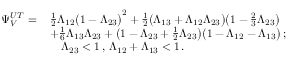
\begin{array} { r l } { \Psi _ { V } ^ { U T } = \, } & { \frac { 1 } { 2 } \Lambda _ { 1 2 } \big ( 1 - \Lambda _ { 2 3 } \big ) ^ { 2 } + \frac { 1 } { 2 } \big ( \Lambda _ { 1 3 } + \Lambda _ { 1 2 } \Lambda _ { 2 3 } \big ) \big ( 1 - \frac { 2 } { 3 } \Lambda _ { 2 3 } \big ) } \\ & { + \frac { 1 } { 6 } \Lambda _ { 1 3 } \Lambda _ { 2 3 } + \big ( 1 - \Lambda _ { 2 3 } + \frac { 1 } { 2 } \Lambda _ { 2 3 } \big ) \big ( 1 - \Lambda _ { 1 2 } - \Lambda _ { 1 3 } \big ) \, ; } \\ & { \quad \Lambda _ { 2 3 } < 1 \, , \, \Lambda _ { 1 2 } + \Lambda _ { 1 3 } < 1 \, . } \end{array}